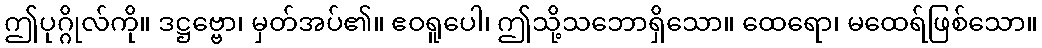
ဤပုဂ္ဂိုလ်ကို။ ဒဋ္ဌဗ္ဗော၊ မှတ်အပ်၏။ ဧဝရူပေါ၊ ဤသို့သဘောရှိသော။ ထေရော၊ မထေရ်ဖြစ်သော။